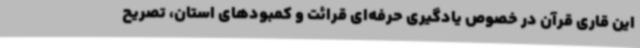
این قاری قرآن در خصوص یادگیری حرفه‌ای قرائت و کمبودهای استان، تصریح